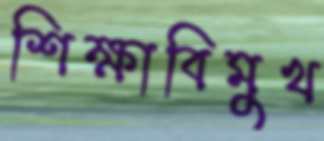
শিক্ষাবিমুখ